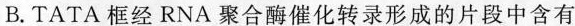
B.TATA 框经RNA聚合酶催化转录形成的片段中含有